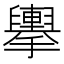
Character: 𢹏